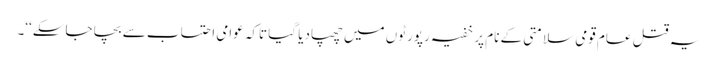
یہ قتل عام قومی سلامتی کے نام پر خفیہ رپورٹوں میں چھپادیا گیا تاکہ عوامی احتساب سے بچا جاسکے‘‘۔